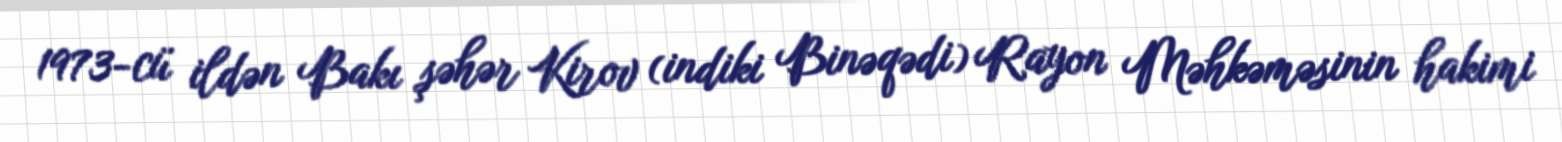
1973-cü ildən Bakı şəhər Kirov (indiki Binəqədi) Rayon Məhkəməsinin hakimi